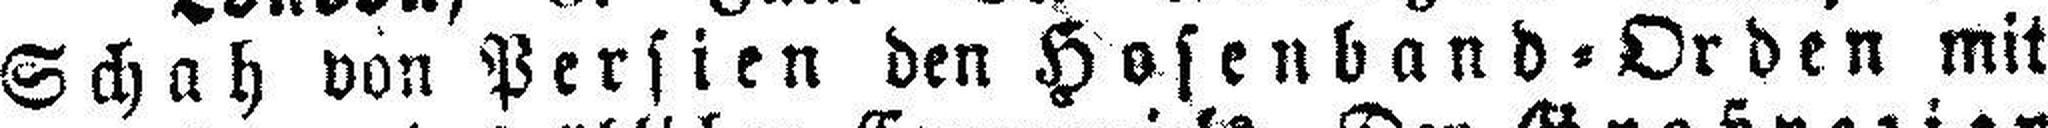
Schah von Persien den Hosenband=Orden mit